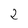
Character: 2